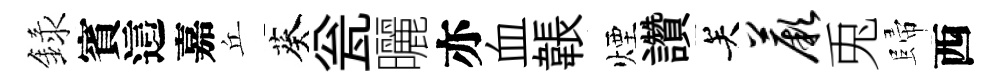
録賓這嘉丘葵瓮曬亦血韔煙讚关蕨兎歸西